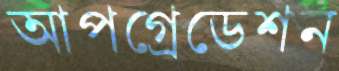
আপগ্রেডেশন